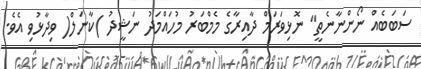
ސަބަބެއް ނޯންނާނެތީ" ނޮޅިވަރަމް ދާއިރާގެ މެމްބަރު މުހައްމަދު ނަޝީދު )ކާނަލް( ވިދާޅުވި އެވެ.